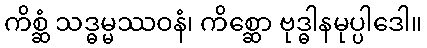
ကိစ္ဆံ သဒ္ဓမ္မဿဝနံ၊ ကိစ္ဆော ဗုဒ္ဓါနမုပ္ပါဒေါ။